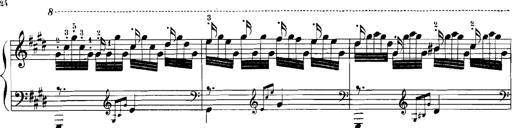
Title: Rhapsodies hongroises
Composer: Franz Liszt